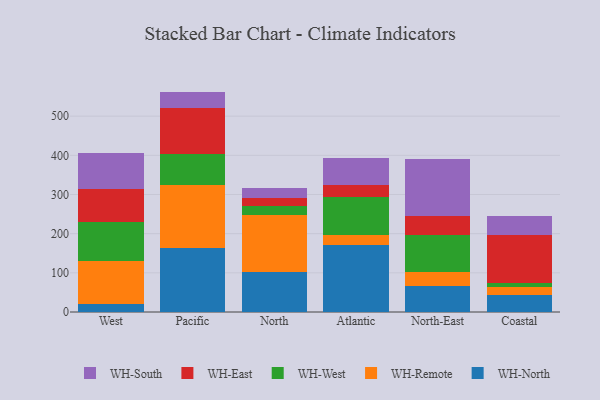
{"axis": {"x": "Region", "y": "Production Output"}, "legend": ["WH-East", "WH-North", "WH-Remote", "WH-South", "WH-West"], "data": [{"x": "West", "y": 20.5, "type": "WH-North"}, {"x": "West", "y": 108.7, "type": "WH-Remote"}, {"x": "West", "y": 100.1, "type": "WH-West"}, {"x": "West", "y": 84.2, "type": "WH-East"}, {"x": "West", "y": 91.9, "type": "WH-South"}, {"x": "Pacific", "y": 164.1, "type": "WH-North"}, {"x": "Pacific", "y": 158.9, "type": "WH-Remote"}, {"x": "Pacific", "y": 80.2, "type": "WH-West"}, {"x": "Pacific", "y": 117.3, "type": "WH-East"}, {"x": "Pacific", "y": 42.2, "type": "WH-South"}, {"x": "North", "y": 103.3, "type": "WH-North"}, {"x": "North", "y": 143.6, "type": "WH-Remote"}, {"x": "North", "y": 23.2, "type": "WH-West"}, {"x": "North", "y": 19.7, "type": "WH-East"}, {"x": "North", "y": 27.6, "type": "WH-South"}, {"x": "Atlantic", "y": 171.4, "type": "WH-North"}, {"x": "Atlantic", "y": 24.4, "type": "WH-Remote"}, {"x": "Atlantic", "y": 98.6, "type": "WH-West"}, {"x": "Atlantic", "y": 29.5, "type": "WH-East"}, {"x": "Atlantic", "y": 68.6, "type": "WH-South"}, {"x": "North-East", "y": 65.3, "type": "WH-North"}, {"x": "North-East", "y": 35.9, "type": "WH-Remote"}, {"x": "North-East", "y": 94.2, "type": "WH-West"}, {"x": "North-East", "y": 50.9, "type": "WH-East"}, {"x": "North-East", "y": 145.0, "type": "WH-South"}, {"x": "Coastal", "y": 44.6, "type": "WH-North"}, {"x": "Coastal", "y": 18.6, "type": "WH-Remote"}, {"x": "Coastal", "y": 10.7, "type": "WH-West"}, {"x": "Coastal", "y": 122.6, "type": "WH-East"}, {"x": "Coastal", "y": 49.0, "type": "WH-South"}]}